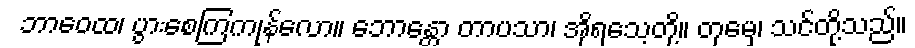
ဘာဝေထ၊ ပွားစေကြကုန်လော။ ဘောန္တော တာပသာ၊ အိုရသေ့တို့။ တုမှေ၊ သင်တို့သည်။